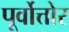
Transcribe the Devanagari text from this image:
पूर्वोत्तोर